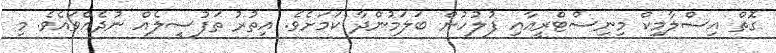
ގޮތް އިސްލާމިކް މިނިސްޓްރީއާއި ފުލުހުން ބަލަމުންދާ ކަމަށެވެ. އިތުރު ތަފުސީލެއް ނުދެއްވައެވެ. މި